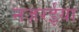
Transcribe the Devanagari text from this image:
नज़रईया